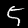
Label: 5